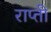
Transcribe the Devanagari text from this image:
राप्‍ती